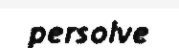
persolve